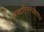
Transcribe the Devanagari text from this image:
अक्टीएनगेज़ेलशाफ्ट